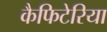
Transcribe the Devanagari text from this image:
कैफिटेरिया